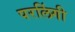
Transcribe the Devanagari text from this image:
परलिंगी